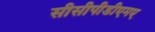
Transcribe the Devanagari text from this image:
सीसीपीडीएमए